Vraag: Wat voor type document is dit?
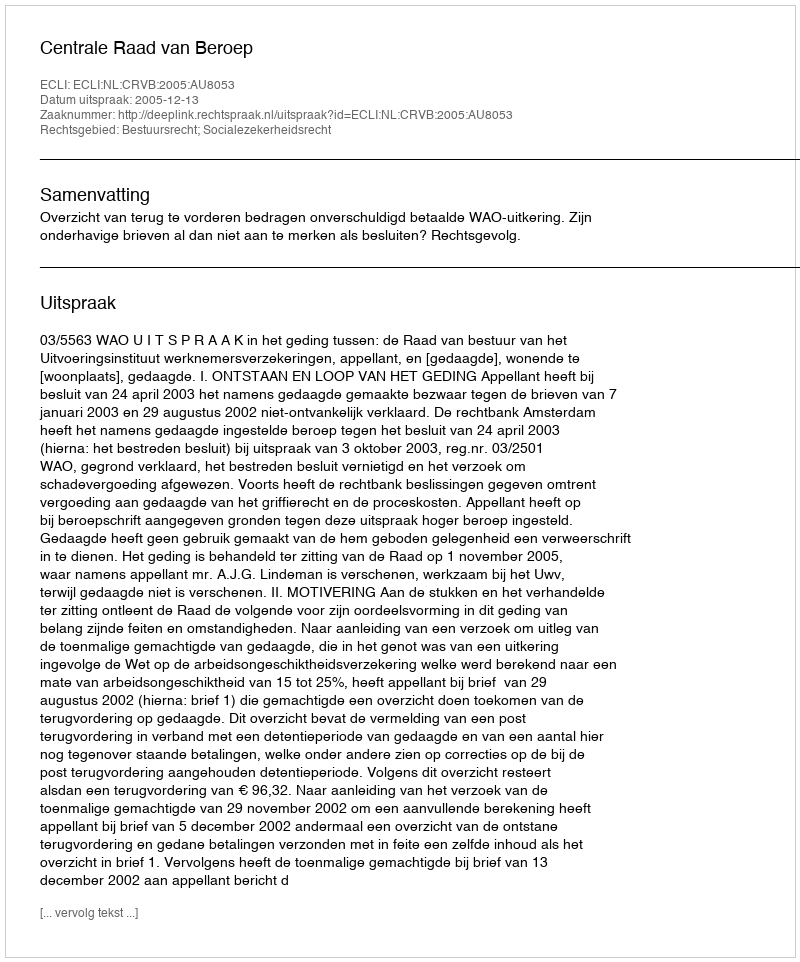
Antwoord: Uitspraak